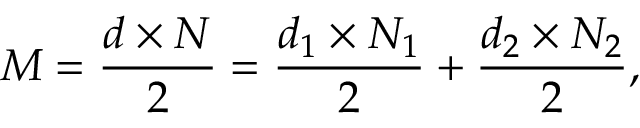
M = \frac { d \times N } { 2 } = \frac { d _ { 1 } \times N _ { 1 } } { 2 } + \frac { d _ { 2 } \times N _ { 2 } } { 2 } ,